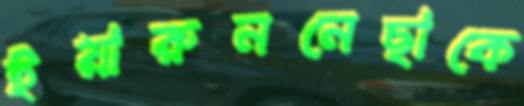
ইয়ারুননেছাকে